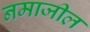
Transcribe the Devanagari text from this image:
नमाजील